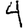
Digit: 4